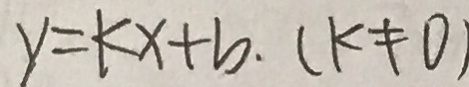
y = k x + b . ( k \neq 0 )